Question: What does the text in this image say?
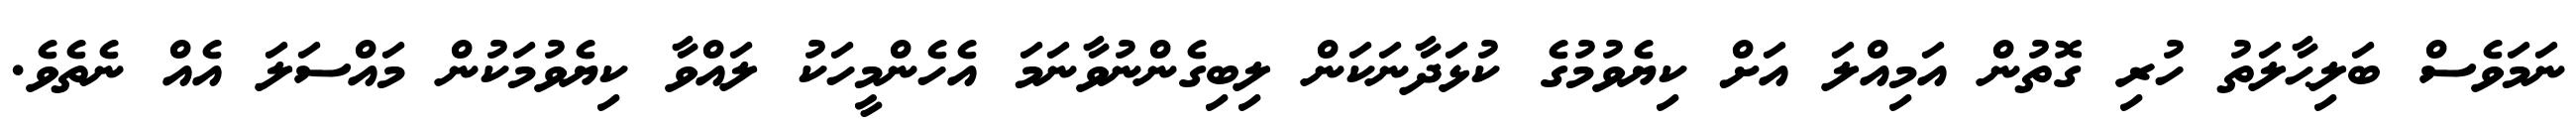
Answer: ނަމަވެސް ބަލިޙާލަތު ހުރި ގޮތުން އަމިއްލަ އަށް ކިޔެވުމުގެ ކުޅަދާނަކަން ލިބިގެންނުވާނަމަ އެހެންމީހަކު ލައްވާ ކިޔެވުމަކުން މައްސަލަ އެއް ނެތެވެ.